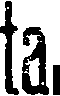
ta,